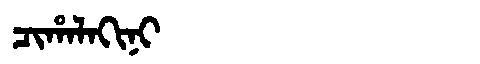
Manchu: ᠴᡳᡥᠠᠯᠠᡴᡳᠨᡳ
Romanization: CIHALAKINI